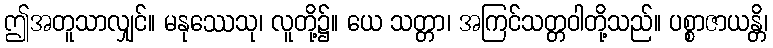
ဤအတူသာလျှင်။ မနုဿေသု၊ လူတို့၌။ ယေ သတ္တာ၊ အကြင်သတ္တဝါတို့သည်။ ပစ္စာဇာယန္တိ၊